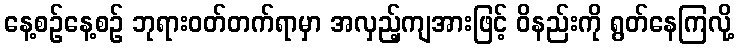
နေ့စဉ်နေ့စဉ် ဘုရားဝတ်တက်ရာမှာ အလှည့်ကျအားဖြင့် ဝိနည်းကို ရွတ်နေကြလို့